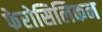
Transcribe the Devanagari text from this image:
फेरोसिलिकन